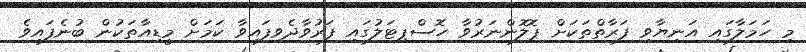
މި ހަމަލާގައި އަނިޔާވި ފަރާތްތަކަށް ޕޮލޮންނަރުވާ ހޮސްޕިޓަލުގައި ފަރުވާދެވިފައިވާ ކަމަށް މީޑިއާތަކުން ބުނެފައިވެ